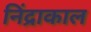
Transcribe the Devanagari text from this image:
निंद्राकाल